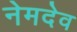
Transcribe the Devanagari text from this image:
नेमदेव